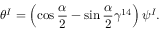
\theta ^ { I } = \left( \cos \frac { \alpha } { 2 } - \sin \frac { \alpha } { 2 } \gamma ^ { 1 4 } \right) \psi ^ { I } .